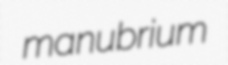
manubrium